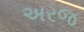
અરજ